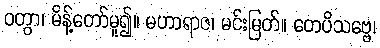
ဝတွာ၊ မိန့်တော်မူ၍။ မဟာရာဇ၊ မင်းမြတ်။ တေပိသဗ္ဗေ၊